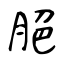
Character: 脃